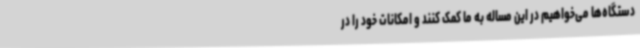
دستگاه‌ها می‌خواهیم در این مساله به ما کمک کنند و امکانات خود را در